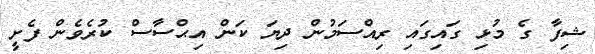
ޝިފާ ގެ މުޅި ގައިގައި ރިއްސަމުން ދިޔަ ކަން އިޙްސާސް ކުރެވެން ފެށީ